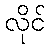
လိုင်